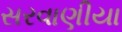
સરવાણીયા